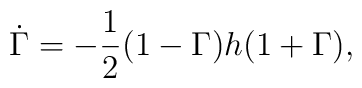
\dot{\Gamma }=-\frac{1}{2}(1-\Gamma )h(1+\Gamma ),